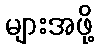
များအဖို့